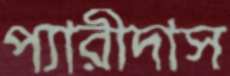
প্যারীদাস